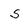
Character: 5